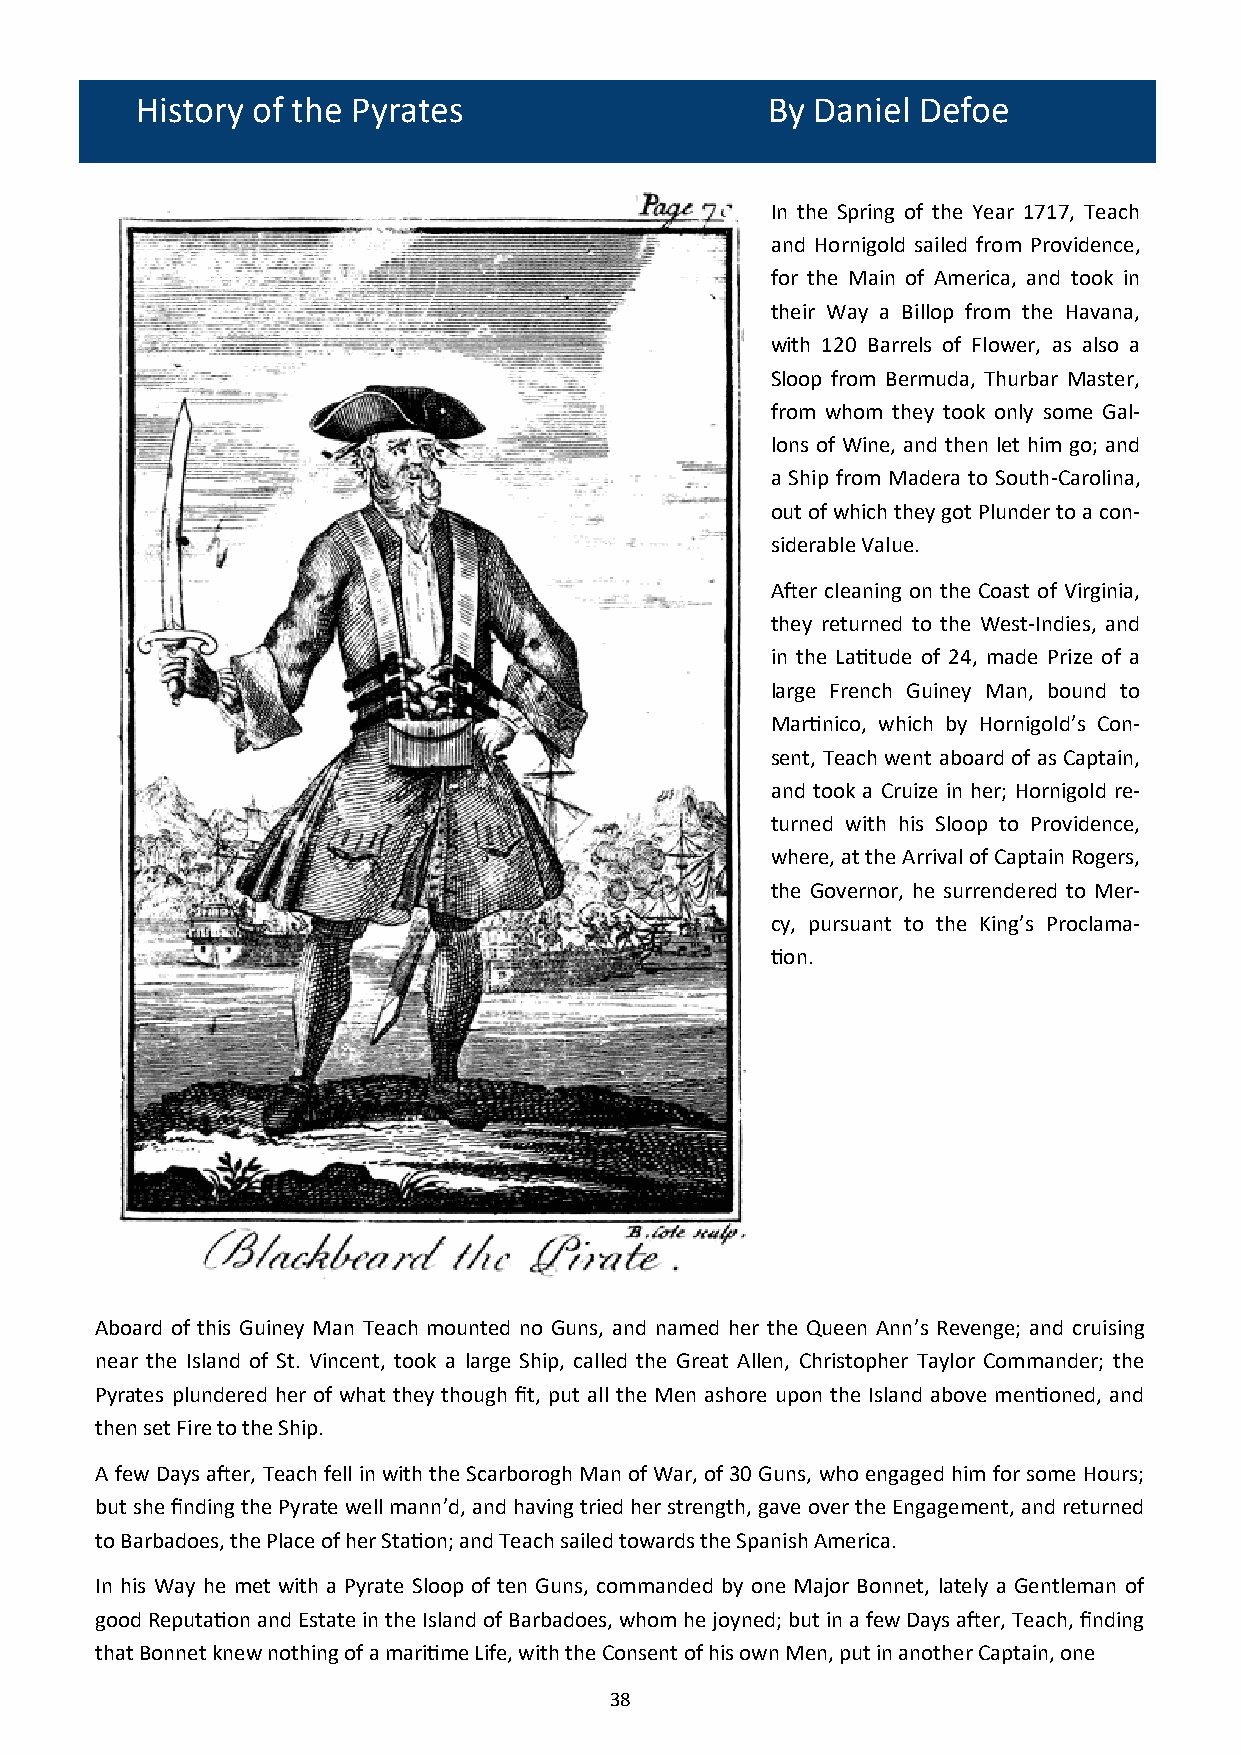
History of the Pyrates                    By Daniel Defoe
 In the Spring of the Year 1717, Teach
 and Hornigold sailed from Providence,
 for the Main of America, and took in
 their Way a Billop from the Havana,
 with 120 Barrels of Flower, as also a
 Sloop from Bermuda, Thurbar Master,
 from whom they took only some Gal-
 lons of Wine, and then let him go; and
 a Ship from Madera to South-Carolina,
 out of which they got Plunder to a con-
 siderable Value.
 After cleaning on the Coast of Virginia,
 they returned to the West-Indies, and
 in the Latitude of 24, made Prize of a
 large French Guiney Man, bound to
 Martinico, which by Hornigold’s Con-
 sent, Teach went aboard of as Captain,
 and took a Cruize in her; Hornigold re-
 turned with his Sloop to Providence,
 where, at the Arrival of Captain Rogers,
 the Governor, he surrendered to Mer-
 cy, pursuant to the King’s Proclama-
 tion.
 Aboard of this Guiney Man Teach mounted no Guns, and named her the Queen Ann’s Revenge; and cruising
 near the Island of St. Vincent, took a large Ship, called the Great Allen, Christopher Taylor Commander; the
 Pyrates plundered her of what they though fit, put all the Men ashore upon the Island above mentioned, and
 then set Fire to the Ship.
 A few Days after, Teach fell in with the Scarborogh Man of War, of 30 Guns, who engaged him for some Hours;
 but she finding the Pyrate well mann’d, and having tried her strength, gave over the Engagement, and returned
 to Barbadoes, the Place of her Station; and Teach sailed towards the Spanish America.
 In his Way he met with a Pyrate Sloop of ten Guns, commanded by one Major Bonnet, lately a Gentleman of
 good Reputation and Estate in the Island of Barbadoes, whom he joyned; but in a few Days after, Teach, finding
 that Bonnet knew nothing of a maritime Life, with the Consent of his own Men, put in another Captain, one
 38